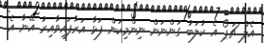
އެލް ޗަޕޯ އެ ކުލަބު ގަންނަން ނިންމިކަން ފަޅާ އަރާފައިވާއިރު އޭނާ އެ